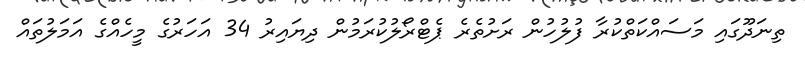
ތިނަދޫގައި މަސައްކަތްކުރާ ފުލުހުން ރަށުތެރެ ޕެޓްރޯލުކުރަމުން ދިޔައިރު 34 އަހަރުގެ މީހެއްގެ އަމަލުތައް